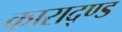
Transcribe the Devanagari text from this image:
काराद्ण्ड